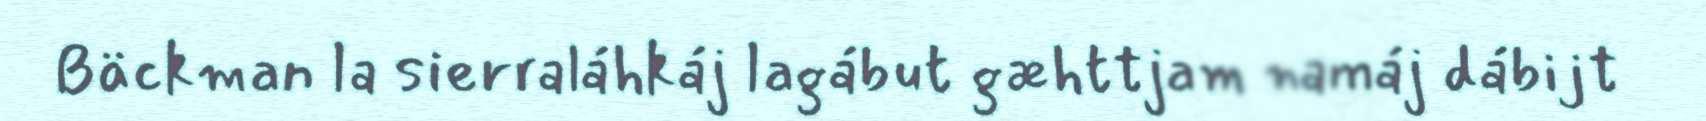
Bäckman la sierraláhkáj lagábut gæhttjam namáj dábijt